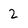
Character: 2